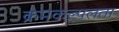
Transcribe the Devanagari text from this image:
क्रमकल्पलता